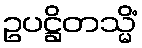
ဥပဋ္ဌိတသ္မိံ